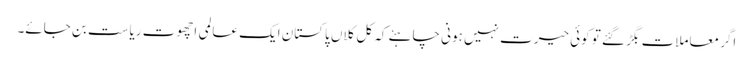
اگر معاملات بگڑ گئے تو کوئی حیرت نہیں ہونی چاہئے کہ کل کلاں پاکستان ایک عالمی اچھوت ریاست بن جائے۔